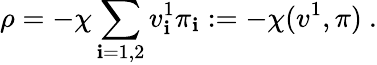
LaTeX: \rho=-\chi\sum_{\mathbf{i}=1,2}v_{\mathbf{i}}^{1}\pi_{\mathbf{i}}:=-\chi(v^{1},\pi)\ .